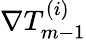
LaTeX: \nabla T_{m-1}^{(i)}